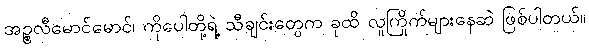
အဉ္စလီမောင်မောင်၊ ကိုပေါတို့ရဲ့ သီချင်းတွေက ခုထိ လူကြိုက်များနေဆဲ ဖြစ်ပါတယ်။